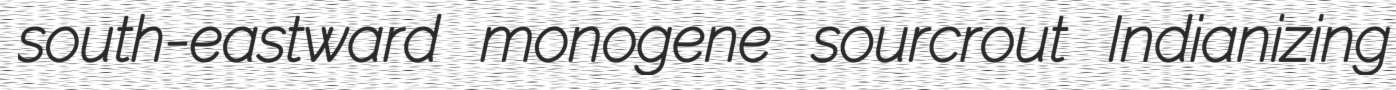
south-eastward monogene sourcrout Indianizing